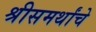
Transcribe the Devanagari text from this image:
श्रीसमर्थांचे